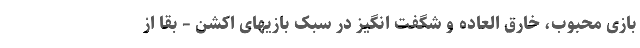
بازی محبوب، خارق العاده و شگفت انگیز در سبک بازیهای اکشن – بقا از